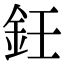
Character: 鈓